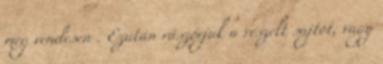
meg rendesen . Ezután rászórjuk a reszelt sajtot, vagy